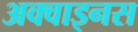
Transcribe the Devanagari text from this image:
अक्वाइनस